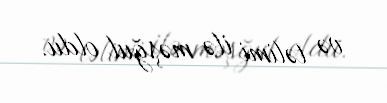
və təlimi ilə məşğul oldu.